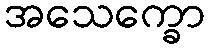
အသေက္ခော